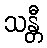
သန္တီ